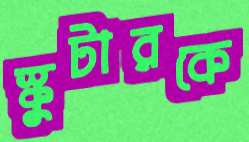
স্কুটারকে